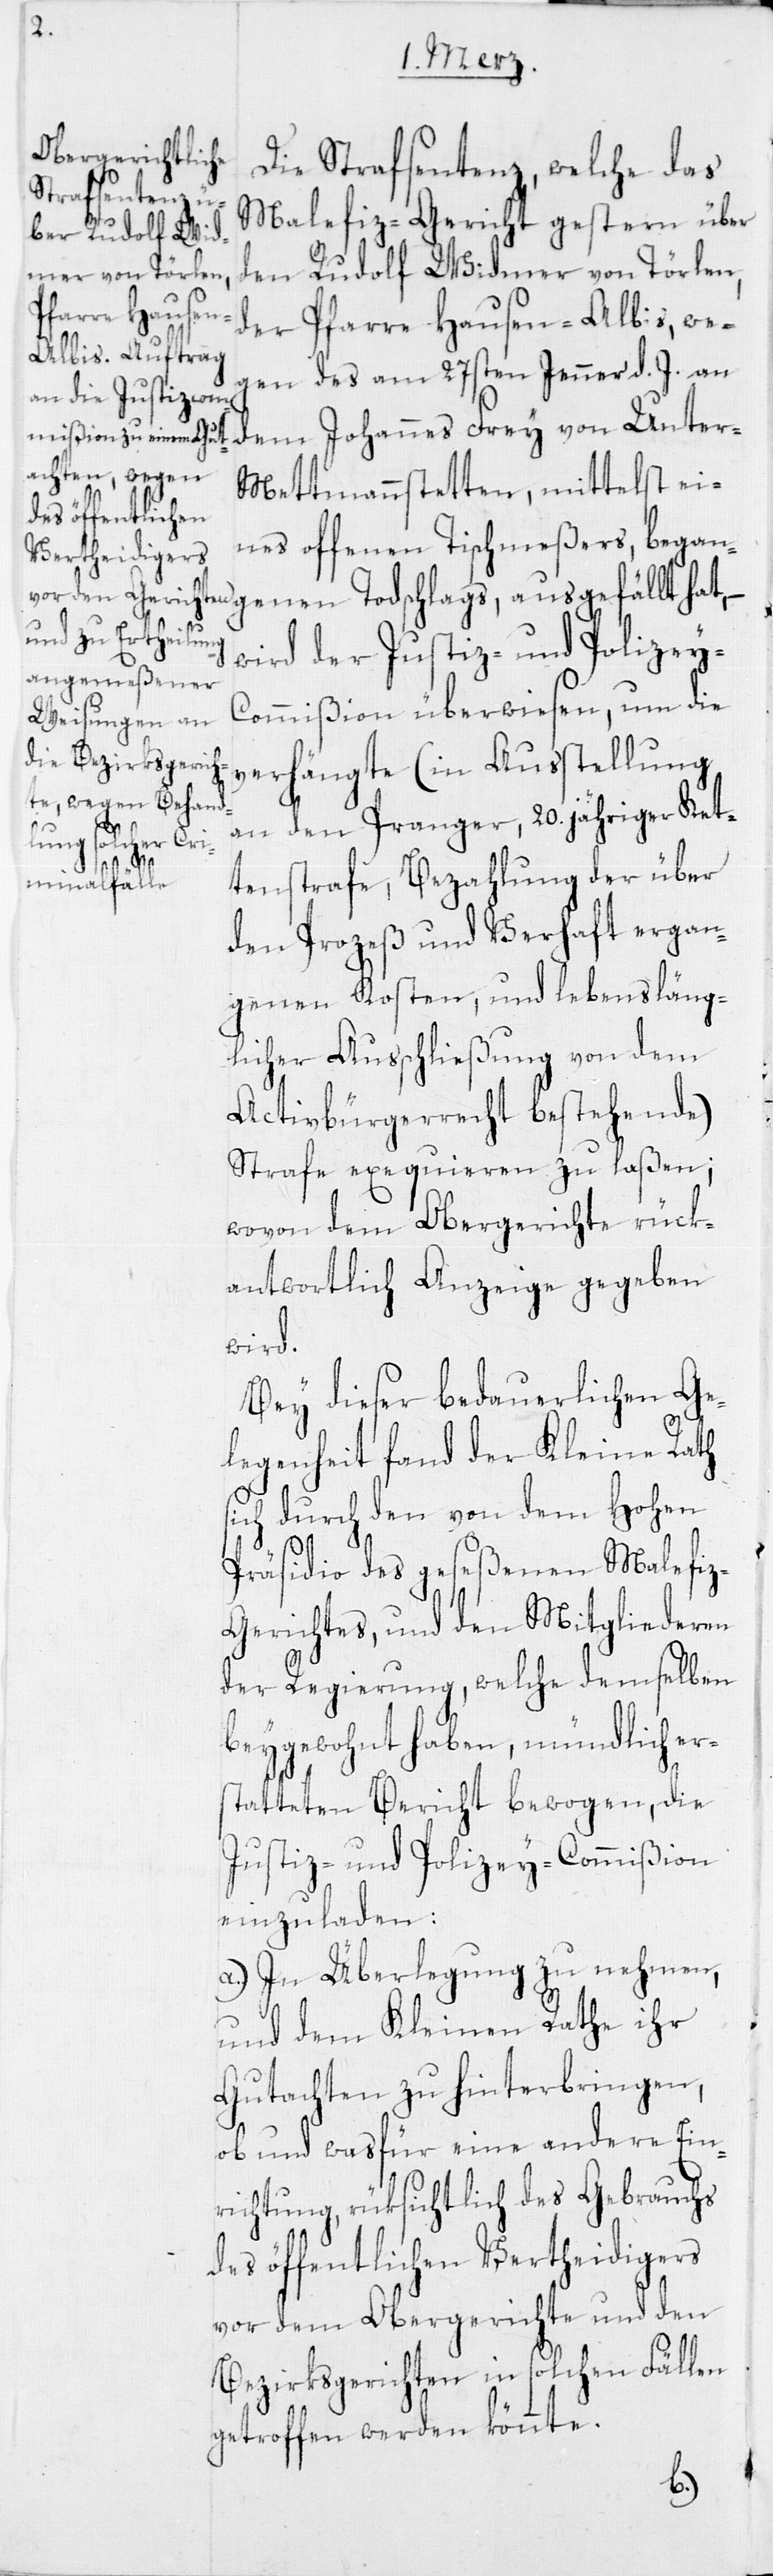
Die Strafsentenz, welche das
Malefiz-Gericht gestern über
den Rudolf Widmer von Törlen,
der Pfarre Hausen-Albis, we¬
gen des am 27sten Jenner d. J. an
dem Johannes Frey von Unter-M¬
ettmannstetten, mittelst ei¬
nes offenen Tischmeßers, began¬
wird der Justiz- und Polizey-C¬
ommißion überwiesen, um die
verhängte (in Ausstellung
an den Pranger, 20. jähriger Ket¬
tenstrafe, Bezahlung der über
den Prozeß und Verhaft ergan¬
genen Kosten, und lebensläng¬
licher Ausschließung von dem
Activbürgerrecht bestehende)
Strafe exequieren zu laßen;
wovon dem Obergerichte rück¬
antwortlich Anzeige gegeben
wird.
Bey dieser bedauerlichen Ge¬
legenheit fand der Kleine Rath
sich durch den von dem Hohen
genen
Präsidio des geseßenen Malefi¬
z-Gerichtes, und den Mitgliederen
der Regierung, welche demselben
beygewohnt haben, mündlich er¬
statteten Bericht bewogen, die
Justiz- und Polizey-Commißion
einzuladen:
a) In Überlegung zu nehmen,
und dem Kleinen Rathe ihr
Gutachten zu hinterbringen,
ob und wasfür eine andere Ein¬
richtung, rüksichtlich des Gebrauchs
des öffentlichen Verteidigers
vor dem Obergerichte und den
Bezirksgerichten in solchen Fällen
getroffen werden könnte.